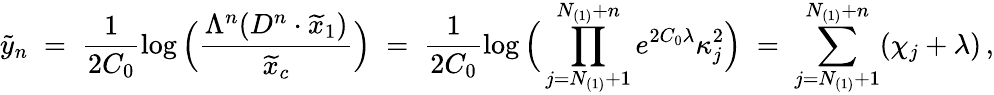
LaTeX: \widetilde{y}_{n}\; =\; \frac{1}{2C_{0}}\log\Big(\frac{\Lambda^{n}(D^{n}\cdot\widetilde{x}_{1})}{\widetilde{x}_{c}}\Big)\; =\; \frac{1}{2C_{0}}\log\Big(\prod_{j=N_{(1)}+1}^{N_{(1)}+n}e^{2C_{0}\lambda}\kappa_{j}^{2}\Big)\; =\; \sum_{j=N_{(1)}+1}^{N_{(1)}+n}(\chi_{j}+\lambda)\, ,